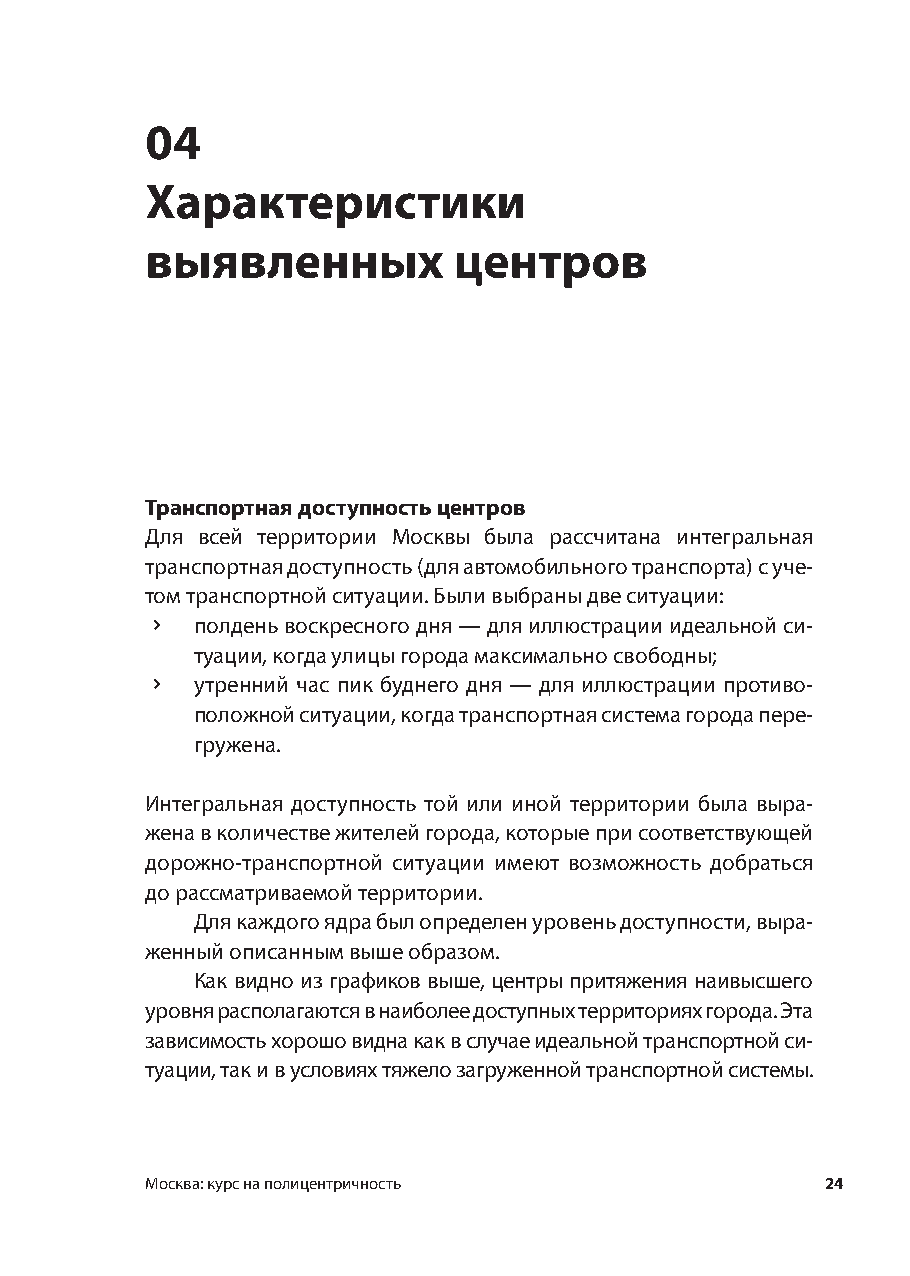
04
 Характеристики
 выявленных          центров
 Транспортная доступность центров
 Для всей территории Москвы была рассчитана интегральная
 транспортная доступность (для автомобильного транспорта) с уче-
 том транспортной ситуации. Были выбраны две ситуации:
 ×  полдень воскресного дня — для иллюстрации идеальной си-
 туации, когда улицы города максимально свободны;
 ×  утренний час пик буднего дня — для иллюстрации противо-
 положной ситуации, когда транспортная система города пере-
 гружена.
 Интегральная доступность той или иной территории была выра-
 жена в количестве жителей города, которые при соответствующей
 дорожно-транспортной ситуации имеют возможность добраться
 до рассматриваемой территории.
 Для каждого ядра был определен уровень доступности, выра-
 женный описанным выше образом.
 Как видно из графиков выше, центры притяжения наивысшего
 уровня располагаются в наиболее доступных территориях города. Эта
 зависимость хорошо видна как в случае идеальной транспортной си-
 туации, так и в условиях тяжело загруженной транспортной системы.
 Москва: курс на полицентричность             24